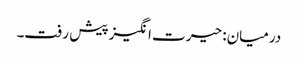
درمیان: حیرت انگیز پیش رفت۔